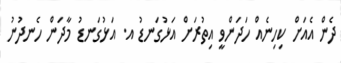
ދެން އެއަށް ކިހިނެއް ހަދަންވީ އިތުރަށް އަޅުގަނޑު އ. އަޅުގަނޑު މާދަން ހެނދުނު